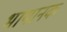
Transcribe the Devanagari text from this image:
भायानक